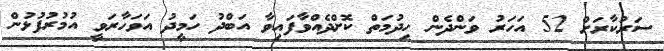
ސަރުކާރަށް 52 އަހަަރު ވަންދެން ހިދުމަތް ކޮށްދެއްވާފައިވާ އަބްދު ހަމީދު އަވަހާރަވީ އުމުރުފުޅުން